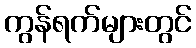
ကွန်ရက်များတွင်